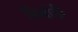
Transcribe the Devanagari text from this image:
निर्बाही